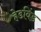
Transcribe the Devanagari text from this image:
हेडविंड